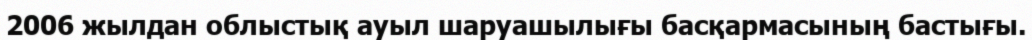
2006 жылдан облыстық ауыл шаруашылығы басқармасының бастығы.